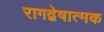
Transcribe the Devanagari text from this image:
रागद्वेषात्मक